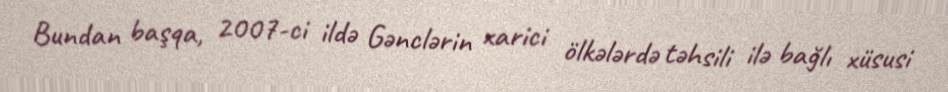
Bundan başqa, 2007-ci ildə Gənclərin xarici ölkələrdə təhsili ilə bağlı xüsusi